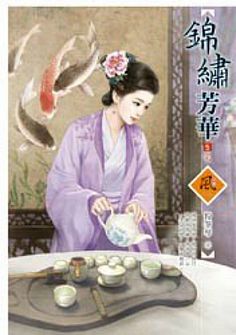
歌中醉倒谁能恨，唱罢归来酒未消。